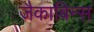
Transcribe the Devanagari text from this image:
जैकाबिन्स